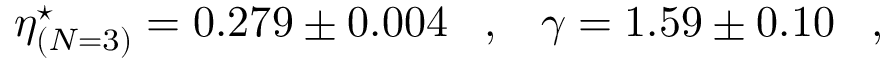
\eta _ { ( N = 3 ) } ^ { \star } = 0 . 2 7 9 \pm 0 . 0 0 4 \, \, \, \, \, , \, \, \, \, \, \gamma = 1 . 5 9 \pm 0 . 1 0 \, \, \, \, \, , \, \, \, \, \,